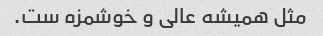
مثل همیشه عالی و خوشمزه ست.